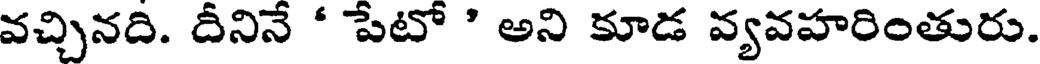
వచ్చినది. దీనినే ' పేటో ' అని కూడ వ్యవహరింతురు.